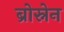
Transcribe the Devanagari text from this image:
ब्रोस्नेन